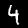
Digit: 4